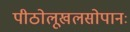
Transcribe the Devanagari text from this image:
पीठोलूखलसोपानः